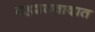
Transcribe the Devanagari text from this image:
दहशतवादात